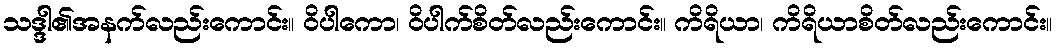
သဒ္ဒါ၏အနက်လည်းကောင်း။ ဝိပါကော၊ ဝိပါက်စိတ်လည်းကောင်း။ ကိရိယာ၊ ကိရိယာစိတ်လည်းကောင်း။